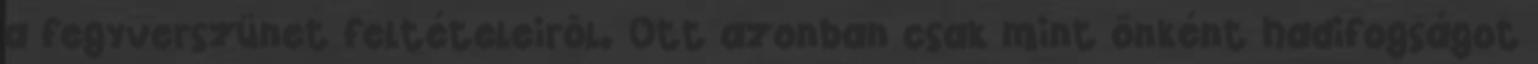
a fegyverszünet feltételeirõl. Ott azonban csak mint önként hadifogságot